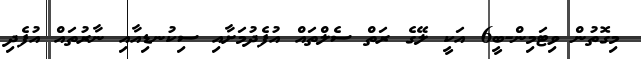
މިގޮތުން ވިޓަމިން-ބީ6 އަކީ ލޭގެ ރަތް ސެލްތައް އުފެދުމަށާއި ސިކުނޑިއާއި ނާރުތައް އުފެދި